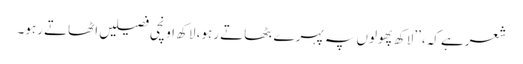
شعرہے کہ، ’’لاکھ پھولوں پہ پہرے بٹھاتے رہو، لاکھ اونچی فصیلیں اٹھاتے رہو۔